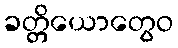
ခတ္တိယောတွေဝ